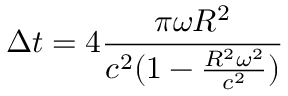
\Delta t = 4 \frac { \pi \omega R ^ { 2 } } { c ^ { 2 } ( 1 - \frac { R ^ { 2 } \omega ^ { 2 } } { c ^ { 2 } } ) }